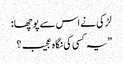
لڑکی نے اس سے پوچھا :
”یہ کسی کی نگاہ عجیب ؟